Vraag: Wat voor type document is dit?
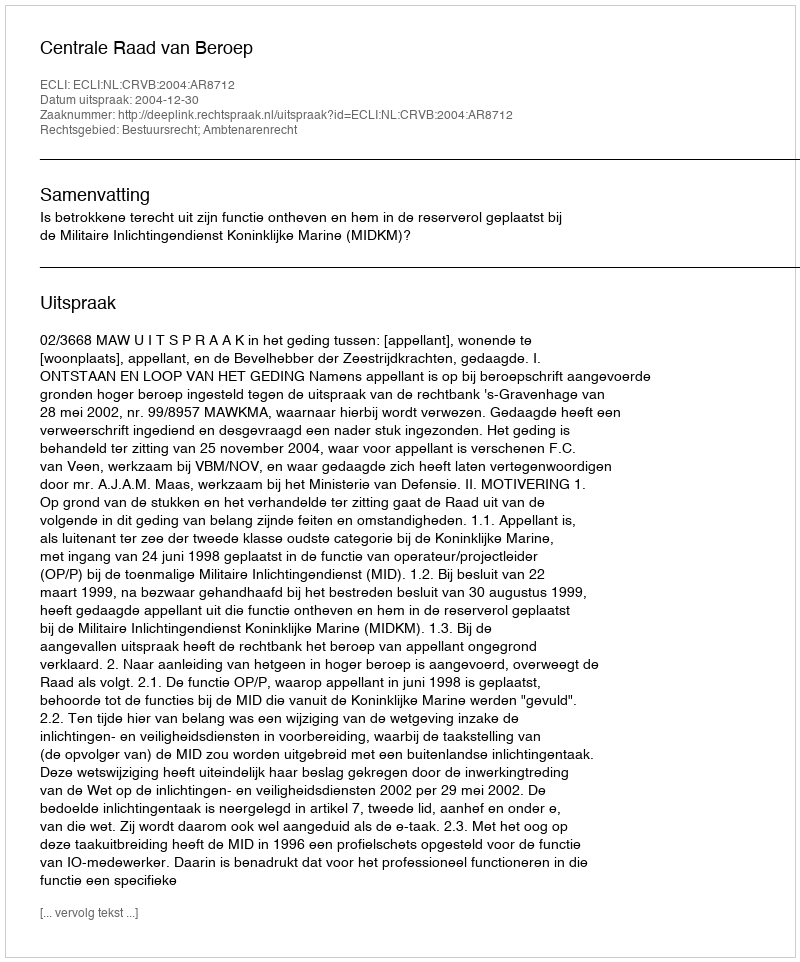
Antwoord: Uitspraak